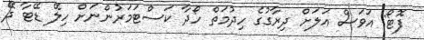
ފޮޓޯ: އަވަސް އަލަށް ދިރާގުގެ ހިދުމަތް ހޯދާ ކަސްޓަމަރުންނަށް ހިލޭ ޑޭޓާ ދޭ